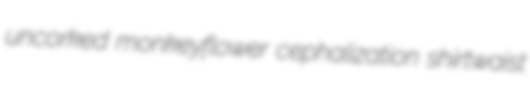
uncorked monkeyflower cephalization shirtwaist